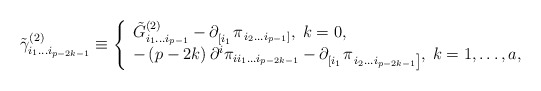
\begin{align*}\tilde \gamma _{i_1\ldots i_{p-2k-1}}^{(2)}\equiv \left\{ \begin{array}{l}\tilde G_{i_1\ldots i_{p-1}}^{(2)}-\partial _{\left[ i_1\right. }^{}\pi_{\left. i_2\ldots i_{p-1}\right] },\;k=0, \\ -\left( p-2k\right) \partial ^i\pi _{ii_1\ldots i_{p-2k-1}}-\partial_{\left[ i_1\right. }^{}\pi _{\left. i_2\ldots i_{p-2k-1}\right]},\;k=1,\ldots ,a, \end{array}\right.\end{align*}